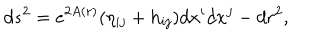
d s ^ { 2 } = e ^ { 2 A ( r ) } ( \eta _ { i j } + h _ { i j } ) d x ^ { i } d x ^ { j } - d r ^ { 2 } ,